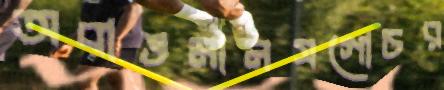
অবাঙমানসগোচর